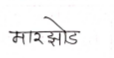
मजकूर: मारझोड